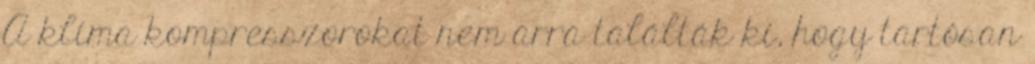
A klíma kompresszorokat nem arra találták ki, hogy tartósan